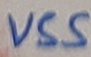
Text: VSS